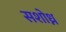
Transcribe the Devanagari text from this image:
सशोध्न